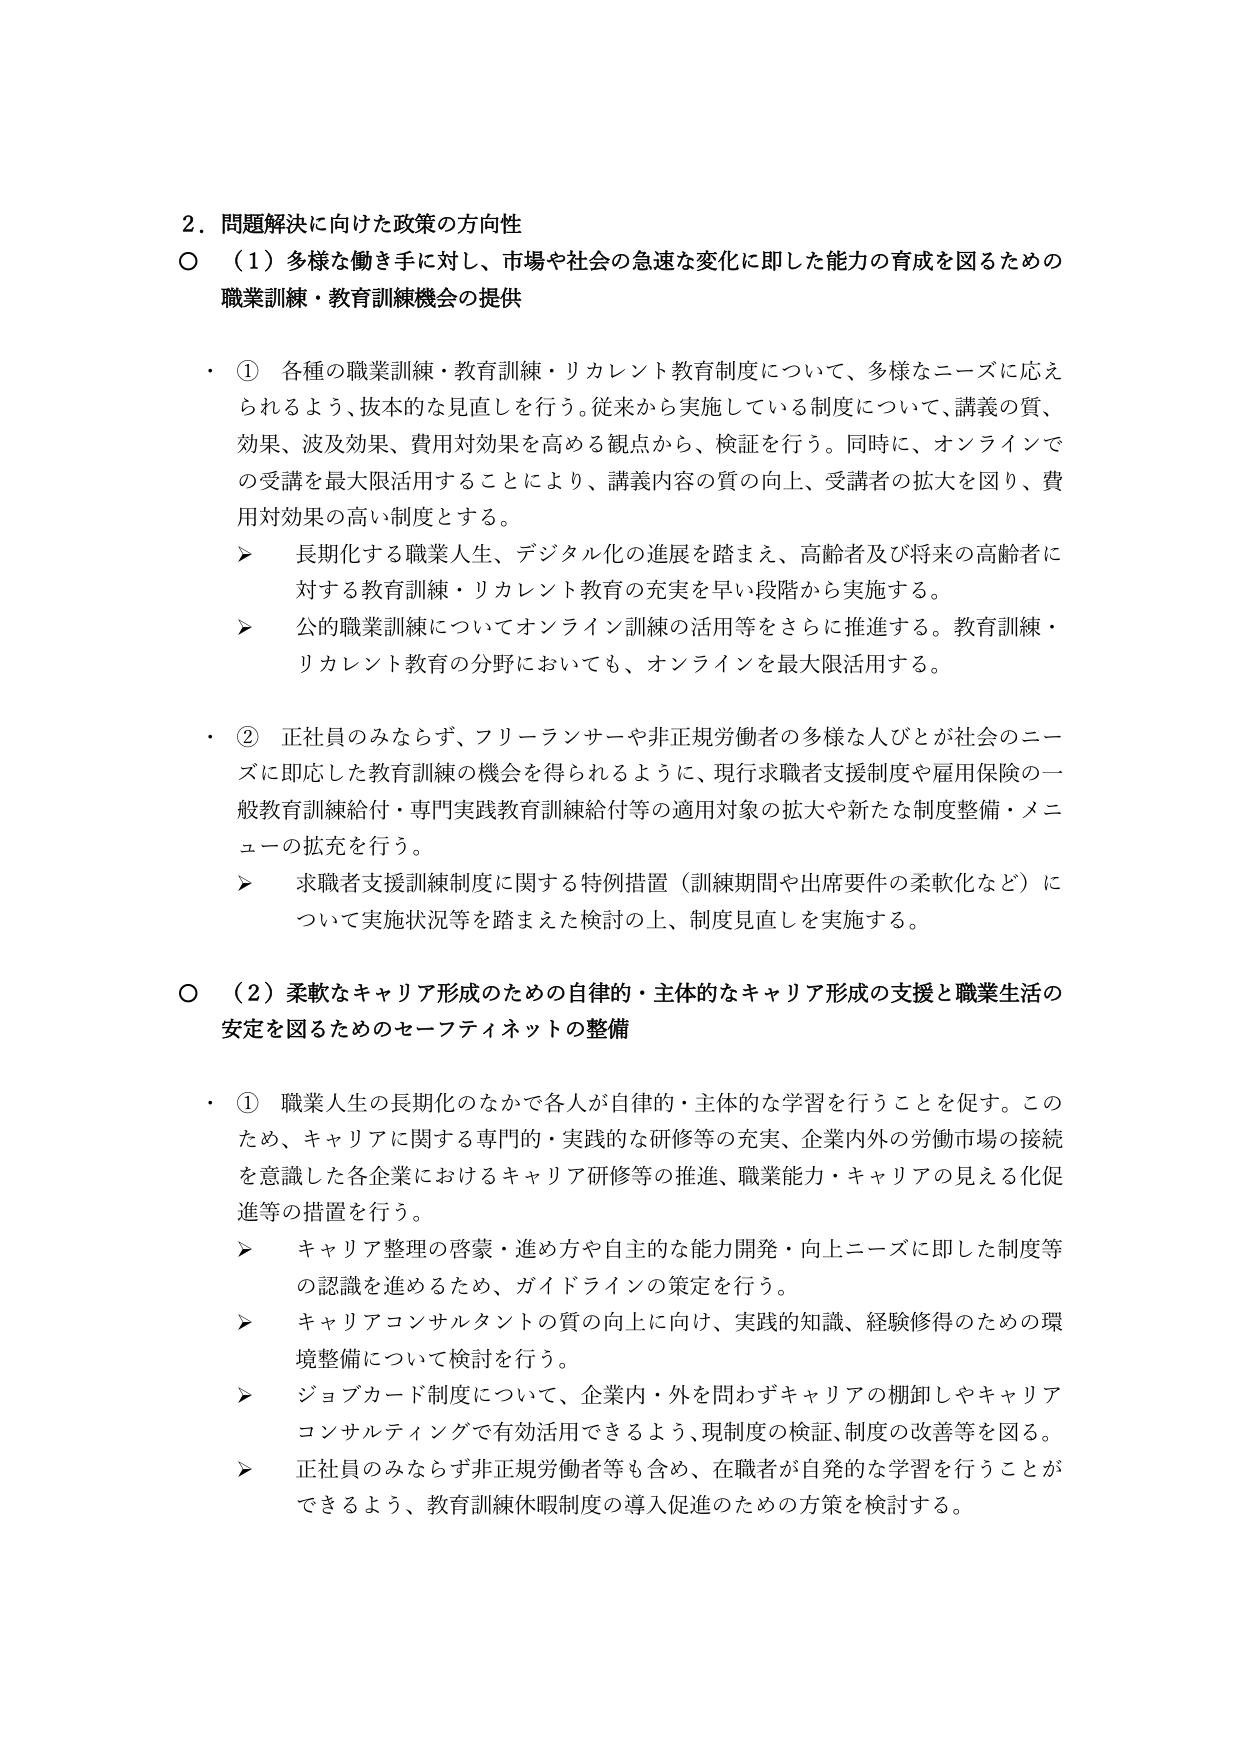
2. 問題解決に向けた政策の方向性
○ （1）多様な働き手に対し、市場や社会の急速な変化に即した能力の育成を図るための
職業訓練・教育訓練機会の提供

・ ① 各種の職業訓練・教育訓練・リカレント教育制度について、多様なニーズに応えられるよう、抜本的な見直しを行う。従来から実施している制度について、講義の質、効果、波及効果、費用対効果を高める観点から、検証を行う。同時に、オンラインでの受講を最大限活用することにより、講義内容の質の向上、受講者の拡大を図り、費用対効果の高い制度とする。
　　➤ 長期化する職業人生、デジタル化の進展を踏まえ、高齢者及び将来の高齢者に対する教育訓練・リカレント教育の充実を早い段階から実施する。
　　➤ 公的職業訓練についてオンライン訓練の活用等をさらに推進する。教育訓練・リカレント教育の分野においても、オンラインを最大限活用する。

・ ② 正社員のみならず、フリーランサーや非正規労働者の多様な人びとが社会のニーズに即応した教育訓練の機会を得られるように、現行求職者支援制度や雇用保険の一般教育訓練給付・専門実践教育訓練給付等の適用対象の拡大や新たな制度整備・メニューの拡充を行う。
　　➤ 求職者支援訓練制度に関する特例措置（訓練期間や出席要件の柔軟化など）について実施状況等を踏まえた検討の上、制度見直しを実施する。

○ （2）柔軟なキャリア形成のための自律的・主体的なキャリア形成の支援と職業生活の安定を図るためのセーフティネットの整備

・ ① 職業人生の長期化のなかで各人が自律的・主体的な学習を行うことを促す。このため、キャリアに関する専門的・実践的な研修等の充実、企業内外の労働市場の接続を意識した各企業におけるキャリア研修等の推進、職業能力・キャリアの見える化促進等の措置を行う。
　　➤ キャリア整理の啓蒙・進め方や自主的な能力開発・向上ニーズに即した制度等の認識を進めるため、ガイドラインの策定を行う。
　　➤ キャリアコンサルタントの質の向上に向け、実践的知識、経験得のための環境整備について検討を行う。
　　➤ ジョブカード制度について、企業内・外を問わずキャリアの棚卸しやキャリアコンサルティングで有効活用できるよう、現制度の検証、制度の改善等を図る。
　　➤ 正社員のみならず非正規労働者等も含め、在職者が自発的な学習を行うことができるよう、教育訓練休暇制度の導入促進のための方策を検討する。